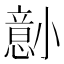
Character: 𫵋